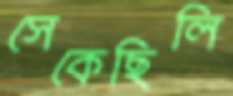
সেকেছিলি